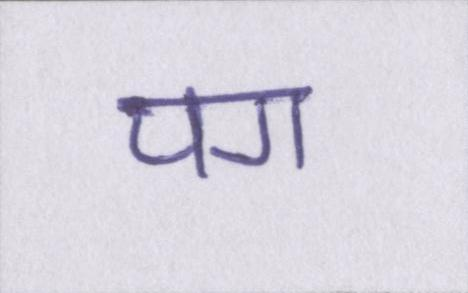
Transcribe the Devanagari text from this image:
पग